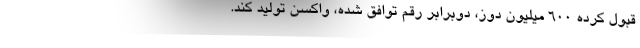
قبول کرده ۶۰۰ میلیون دوز، دوبرابر رقم توافق شده، واکسن تولید کند.